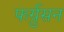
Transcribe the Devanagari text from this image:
फर्ग्रुसन